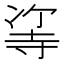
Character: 𠗭